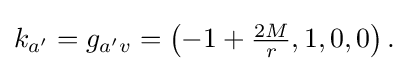
{\textstyle k_{a'}=g_{a'v}=\left(-1+{\frac {2M}{r}},1,0,0\right).}